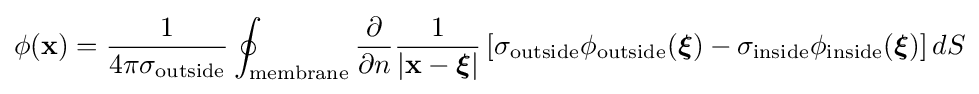
\phi (\mathbf {x} )={\frac {1}{4\pi \sigma _{\mathrm {outside} }}}\oint _{\mathrm {membrane} }{\frac {\partial }{\partial n}}{\frac {1}{\left|\mathbf {x} -{\boldsymbol {\xi }}\right|}}\left[\sigma _{\mathrm {outside} }\phi _{\mathrm {outside} }({\boldsymbol {\xi }})-\sigma _{\mathrm {inside} }\phi _{\mathrm {inside} }({\boldsymbol {\xi }})\right]dS